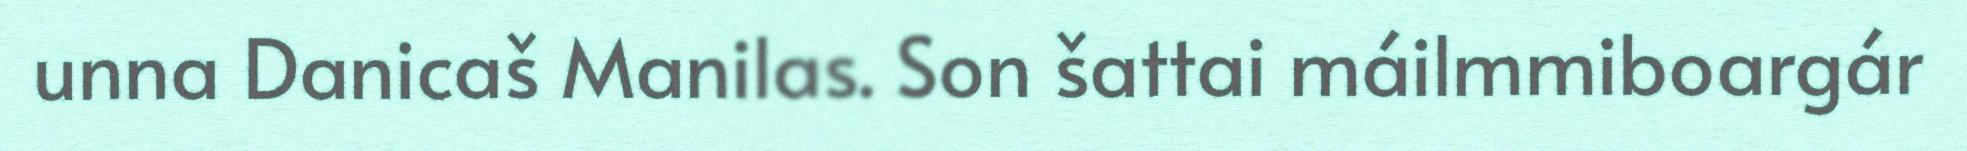
unna Danicaš Manilas. Son šattai máilmmiboargár